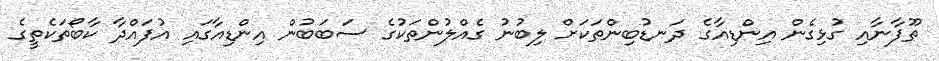
ތޫފާނާއި ގުޅިގެން އިންޑިއާގެ ދަނޑުބިންތަކަށް ލިބުނު ގެއްލުންތަކުގެ ސަބަބުން އިންޑިއާގައި އުފައްދާ ކާބޯތަކެތީގެ